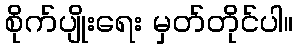
စိုက်ပျိုးရေး မှတ်တိုင်ပါ။